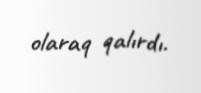
olaraq qalırdı.